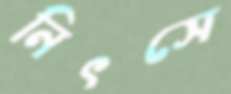
নিৎসে